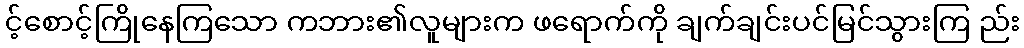
င့်စောင့်ကြိုနေကြသော ကဘား၏လူများက ဖရောက်ကို ချက်ချင်းပင်မြင်သွားကြ ည်း